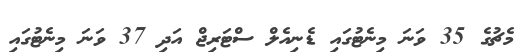
މެޗުގެ 35 ވަނަ މިނެޓުގައި ޑެނިއެލް ސްޓަރިޖް އަދި 37 ވަނަ މިނެޓުގައި